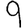
Digit: 9